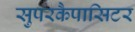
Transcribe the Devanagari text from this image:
सुपरकैपासिटर